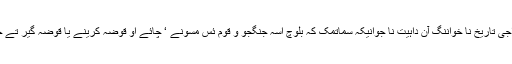
بلوچ راجی تاریخ نا خواننگ آن داہیت نا جوانیکہ سماتمک کہ بلوچ اسہ جنگجو و قوم ئس مسونے ‘ چائے او قوضہ کرینے یا قوضہ گیر تے خلکنے۔